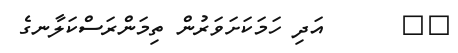
٣٦      އަދި ހަމަކަށަވަރުން ތިމަންރަސްކަލާނގެ